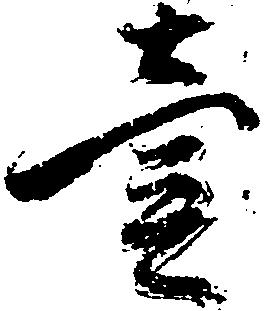
壱